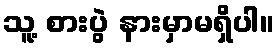
သူ့ စားပွဲ နားမှာမရှိပါ။